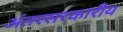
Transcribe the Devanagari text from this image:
अंतरसरकारीय